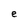
Character: e